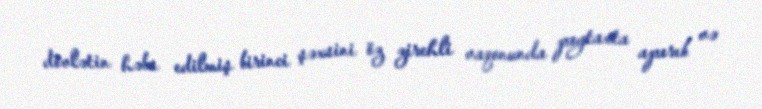
dövlətin həbs edilmiş birinci şəxsini öz zirehli vaqonunda paytaxta aparıb və